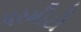
પરમીટો